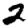
Digit: 2